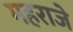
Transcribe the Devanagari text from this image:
महराजे